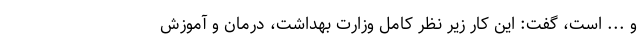
و ... است، ‌گفت: این کار زیر نظر کامل وزارت بهداشت، درمان و آموزش